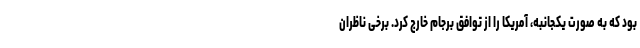
بود که به صورت یکجانبه، آمریکا را از توافق برجام خارج کرد. برخی ناظران